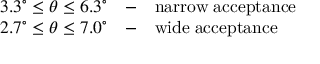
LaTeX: \begin{array} { l l l } { { 3 . 3 ^ { \circ } \leq \theta \leq 6 . 3 ^ { \circ } } } & { { - } } & { { \mathrm { n a r r o w \; a c c e p t a n c e } } } \\ { { 2 . 7 ^ { \circ } \leq \theta \leq 7 . 0 ^ { \circ } } } & { { - } } & { { \mathrm { w i d e \; a c c e p t a n c e } } } \end{array}